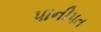
પાનીપત